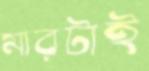
মারটাই